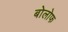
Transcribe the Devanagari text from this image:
बोलोफ